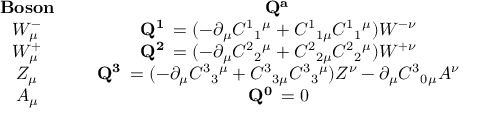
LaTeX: \begin{array} { c c } { { { \bf { B o s o n } } \; \; \; \; \; } } & { { { \bf { Q ^ { a \nu } } } } } \\ { { W _ { \mu } ^ { - } \; \; \; \; \; } } & { { { \bf { Q ^ { 1 \nu } } } = ( - \partial _ { \mu } C ^ { 1 } { } _ { 1 } { } ^ { \mu } + C ^ { 1 } { } _ { 1 \mu } C ^ { 1 } { } _ { 1 } { } ^ { \mu } ) W ^ { - \nu } } } \\ { { W _ { \mu } ^ { + } \; \; \; \; \; } } & { { { \bf { Q ^ { 2 \nu } } } = ( - \partial _ { \mu } C ^ { 2 } { } _ { 2 } { } ^ { \mu } + C ^ { 2 } { } _ { 2 \mu } C ^ { 2 } { } _ { 2 } { } ^ { \mu } ) W ^ { + \nu } } } \\ { { Z _ { \mu } \; \; \; \; \; } } & { { { \bf { Q ^ { 3 \nu } } } = ( - \partial _ { \mu } C ^ { 3 } { } _ { 3 } { } ^ { \mu } + C ^ { 3 } { } _ { 3 \mu } C ^ { 3 } { } _ { 3 } { } ^ { \mu } ) Z ^ { \nu } - \partial _ { \mu } C ^ { 3 } { } _ { 0 } { } _ { \mu } A ^ { \nu } } } \\ { { A _ { \mu } \; \; \; \; \; } } & { { { \bf { Q ^ { 0 \nu } } } = 0 } } \end{array}